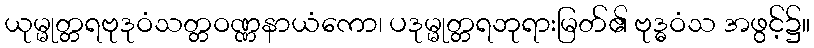
ယုမ္မုတ္တရဗုဒုဝံသတ္တဝဏ္ဏနာယံကော၊ ပဒုမ္မုတ္တရဘုရားမြတ်၏ ဗုဒ္ဓဝံသ အဖွင့်၌။